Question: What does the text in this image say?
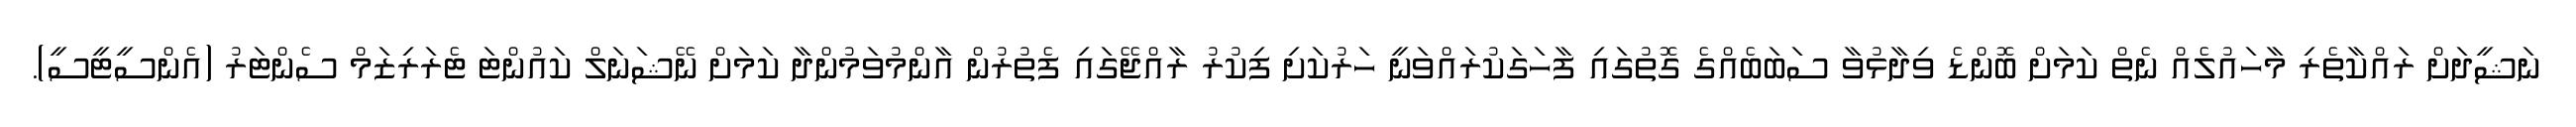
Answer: ނަޝީދަށް ރައްކާތެރި މާހައުލެއް ނެތް ކަމަށް ބޮންޑެ ވިދާޅުވާ ސަބަބެއްގެ ގޮތުގައި ފާހަގަކުރައްވަނީ ހަރުކަށި ފިކުރު ރާއްޖޭގައި ފެތުރުން އާންމުވަމުންދާ ކަމަށް ނޭޝަނަލް ކައުންޓަ ޓެރަރިޒަމް ސެންޓަރު (އެންސީޓީސީ).